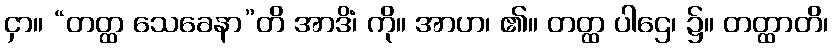
ငှာ။ “တတ္ထ သေခေနာ”တိ အာဒိံ၊ ကို။ အာဟ၊ ၏။ တတ္ထ ပါဌေ၊ ၌။ တတ္ထာတိ၊